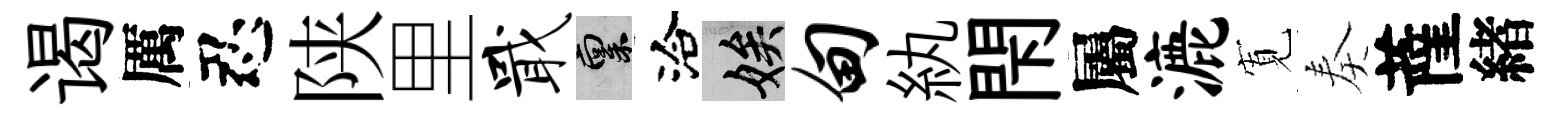
谒厲忍陕里戢禀洽娭甸紈閇屬漉𡩖奏薩緖